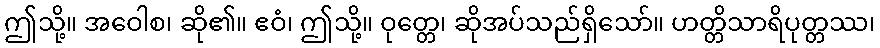
ဤသို့။ အဝေါစ၊ ဆို၏။ ဧဝံ၊ ဤသို့။ ဝုတ္တေ၊ ဆိုအပ်သည်ရှိသော်။ ဟတ္တိသာရိပုတ္တဿ၊